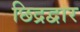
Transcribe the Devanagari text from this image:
छिद्रद्वार